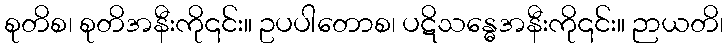
စုတိစ၊ စုတိအနီးကို၎င်း။ ဥပပါတောစ၊ ပဋိသန္ဓေအနီးကို၎င်း။ ဉာယတိ၊